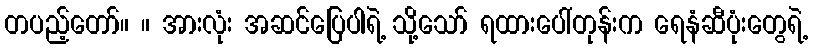
တပည့်တော်။ ။ အားလုံး အဆင်ပြေပါရဲ့ သို့သော် ရထားပေါ်တုန်းက ရေနံဆီပုံးတွေရဲ့